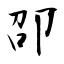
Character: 卲